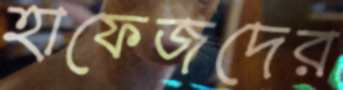
হাফেজদের